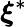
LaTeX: \boldsymbol{\xi}^{*}